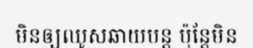
មិនឲ្យឈូសឆាយបន្ត ប៉ុន្តែមិន